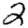
Digit: 2